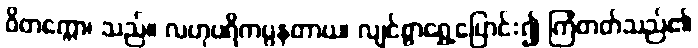
ဝိတက္ကော၊ သည်။ လဟုပရိကပ္ပနတာယ၊ လျင်စွာရွှေ့ပြောင်း၍ ကြံတတ်သည်၏